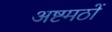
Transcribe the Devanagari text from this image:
अष्टमठों